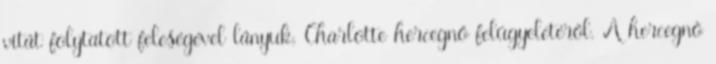
vitát folytatott feleségével lányuk, Charlotte hercegnő felügyeletéről. A hercegnő